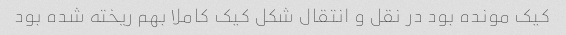
کیک مونده بود در نقل و انتقال شکل کیک کاملا بهم ریخته شده بود